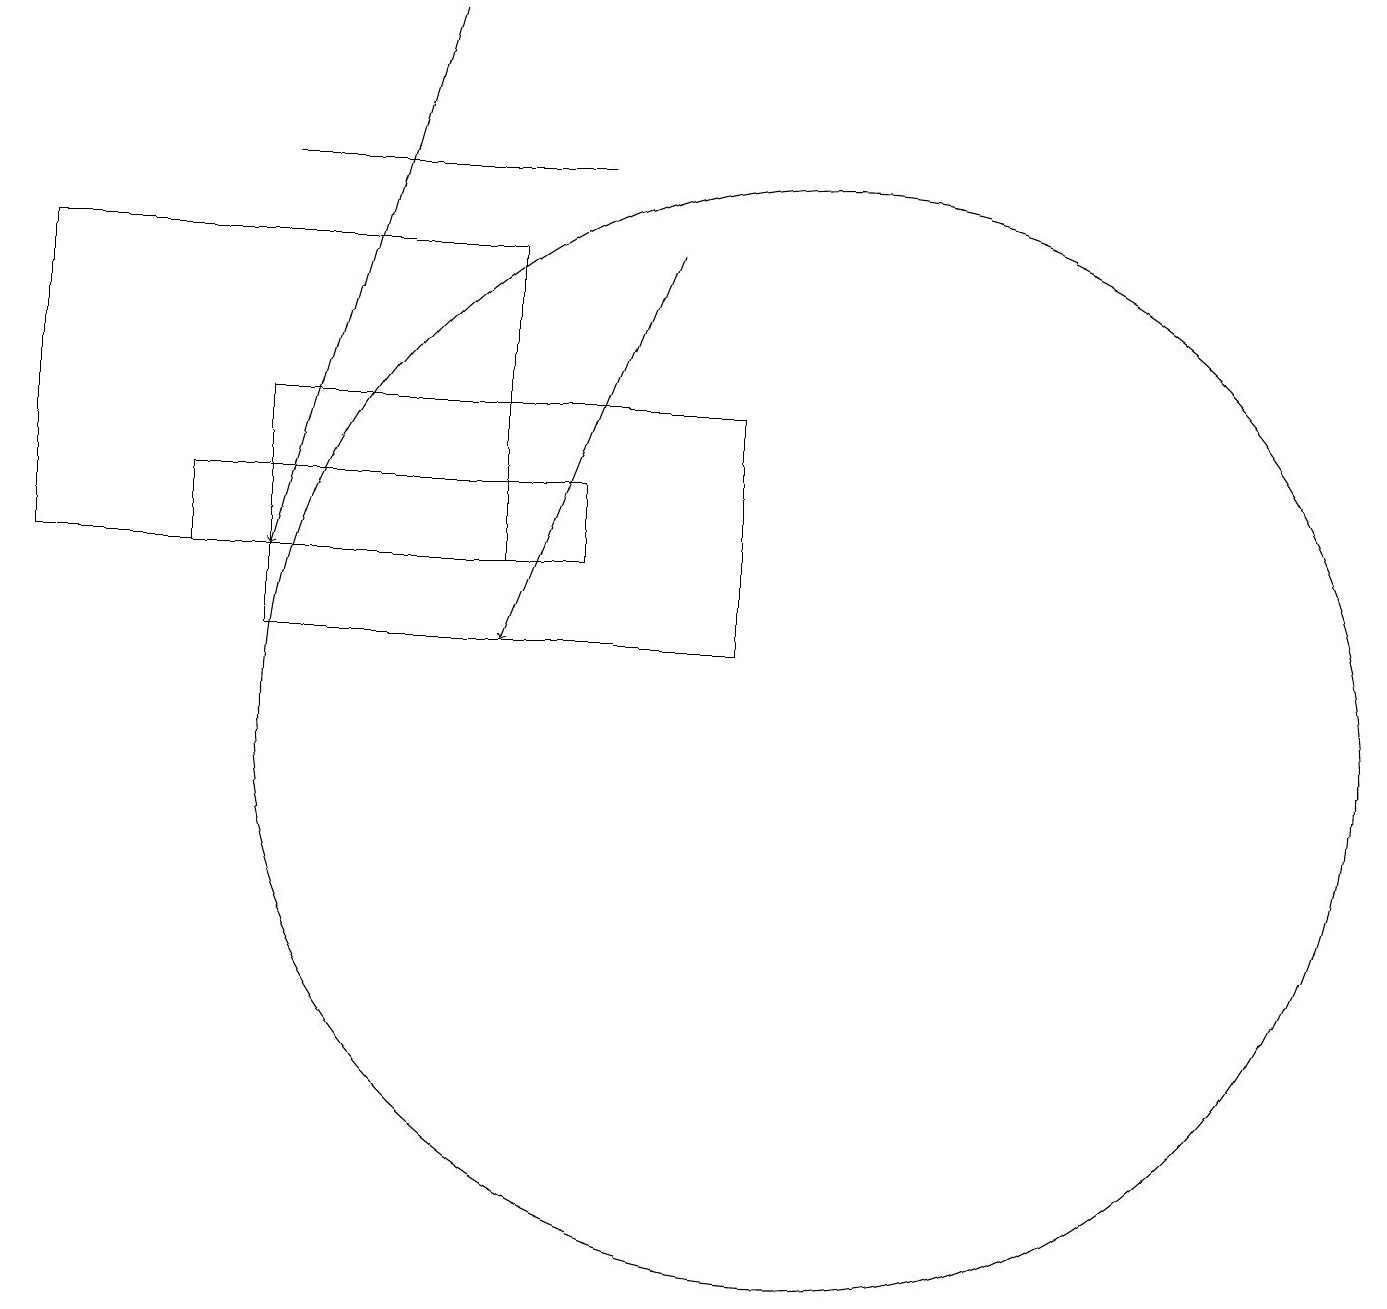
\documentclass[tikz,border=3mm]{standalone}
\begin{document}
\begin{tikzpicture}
\draw[->] (8,16) -- (6,11);
\draw (6,16) rectangle (0,12);
\draw[->] (5,19) -- (3,12);
\draw (7,12) rectangle (2,13);
\draw (9,11) rectangle (3,14);
\draw (10,10) circle (7);
\draw (7,17) rectangle (3,17);
\draw (11,10) circle (0);
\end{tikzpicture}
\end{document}